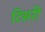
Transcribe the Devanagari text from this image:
टिसरी